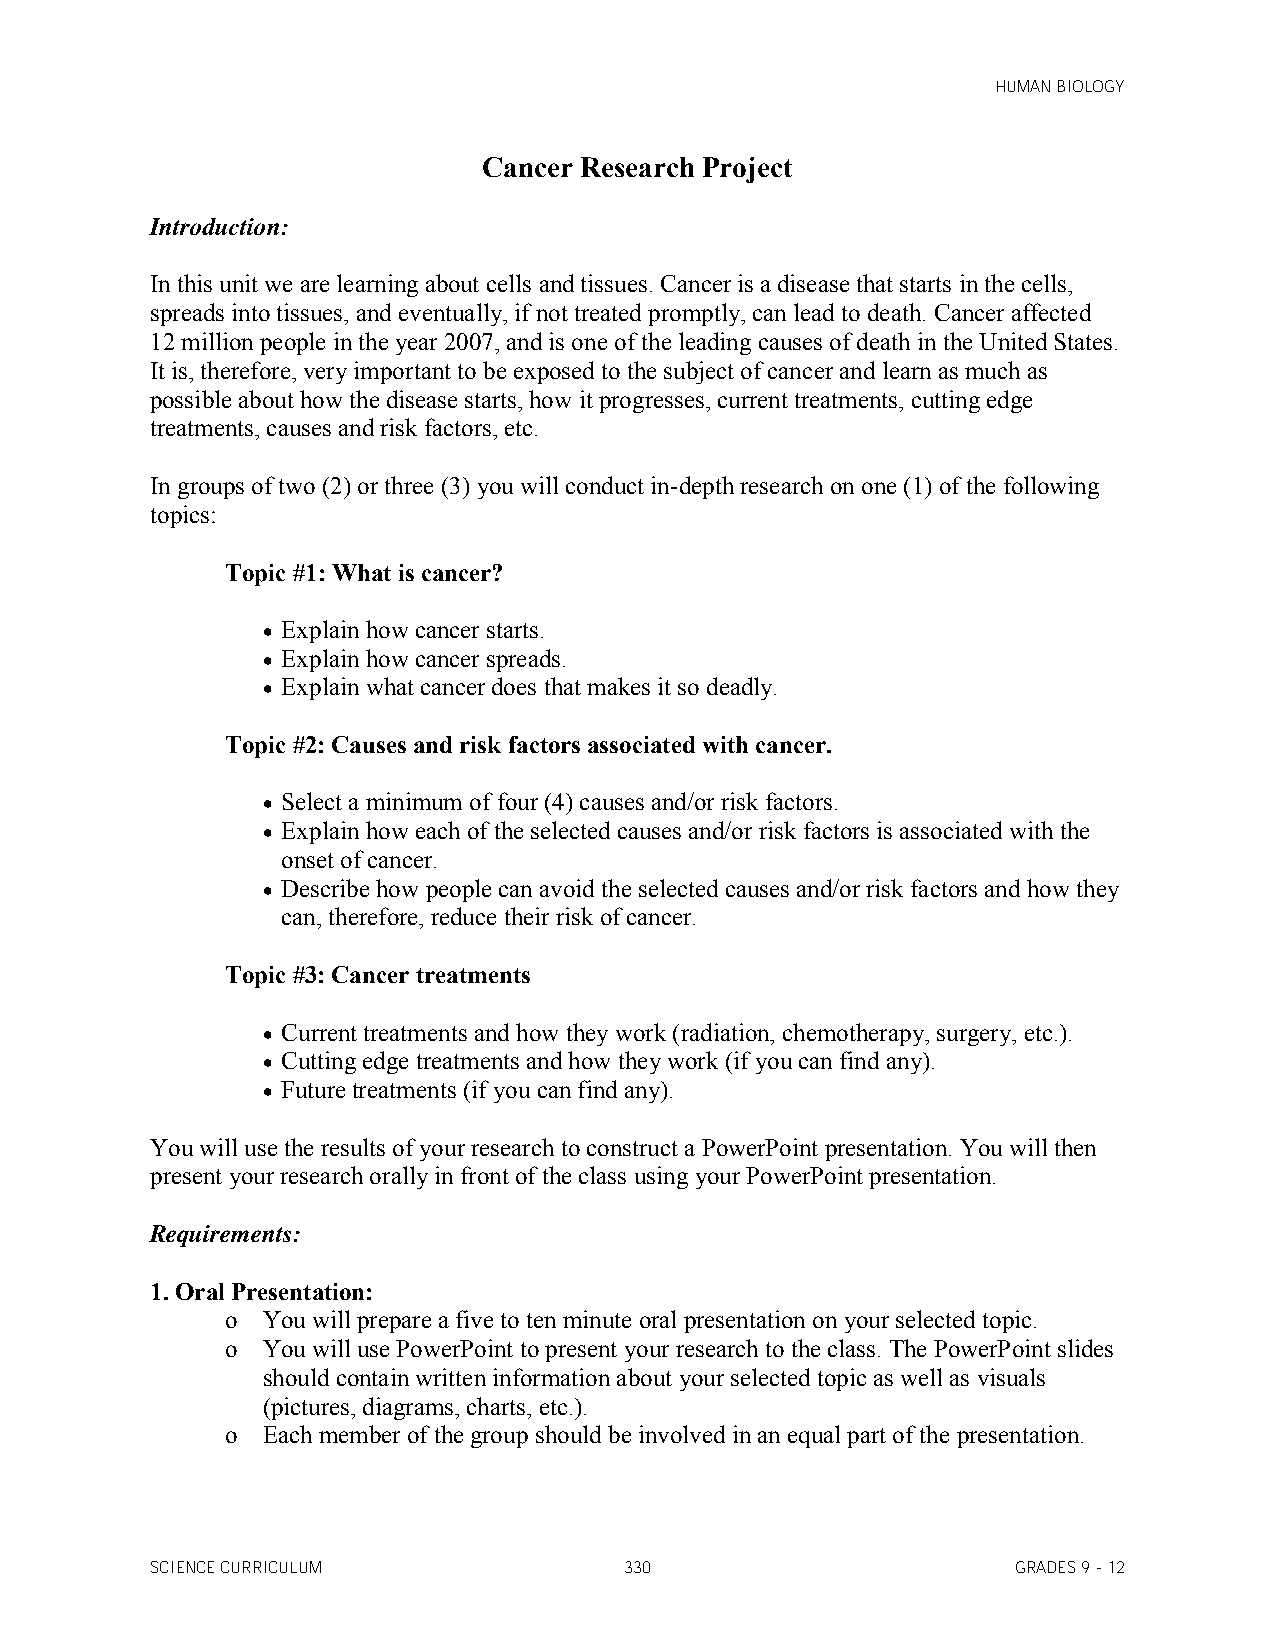
HUMAN BIOLOGY
 Cancer Research Project
 Introduction:
 In this unit we are learning about cells and tissues. Cancer is a disease that starts in the cells,
 spreads into tissues, and eventually, if not treated promptly, can lead to death. Cancer affected
 12 million people in the year 2007, and is one of the leading causes of death in the United States.
 It is, therefore, very important to be exposed to the subject of cancer and learn as much as
 possible about how the disease starts, how it progresses, current treatments, cutting edge
 treatments, causes and risk factors, etc.
 In groups of two (2) or three (3) you will conduct in-depth research on one (1) of the following
 topics:
 Topic #1: What is cancer?
  Explain how cancer starts.
  Explain how cancer spreads.
  Explain what cancer does that makes it so deadly.
 Topic #2: Causes and risk factors associated with cancer.
  Select a minimum of four (4) causes and/or risk factors.
  Explain how each of the selected causes and/or risk factors is associated with the
 onset of cancer.
  Describe how people can avoid the selected causes and/or risk factors and how they
 can, therefore, reduce their risk of cancer.
 Topic #3: Cancer treatments
  Current treatments and how they work (radiation, chemotherapy, surgery, etc.).
  Cutting edge treatments and how they work (if you can find any).
  Future treatments (if you can find any).
 You will use the results of your research to construct a PowerPoint presentation. You will then
 present your research orally in front of the class using your PowerPoint presentation.
 Requirements:
 1. Oral Presentation:
 o You will prepare a five to ten minute oral presentation on your selected topic.
 o You will use PowerPoint to present your research to the class. The PowerPoint slides
 should contain written information about your selected topic as well as visuals
 (pictures, diagrams, charts, etc.).
 o Each member of the group should be involved in an equal part of the presentation.
 SCIENCE CURRICULUM             330                       GRADES 9 - 12